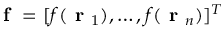
\textbf { f } = [ f ( \textbf { r } _ { 1 } ) , \dots , f ( \textbf { r } _ { n } ) ] ^ { T }